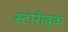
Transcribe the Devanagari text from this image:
स्टोरीबुक